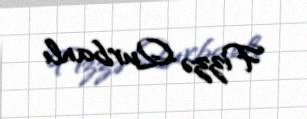
Fizzə Qurbanlı